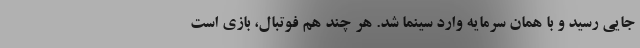
جایی رسید و با همان سرمایه وارد سینما شد. هر چند هم فوتبال، بازی است